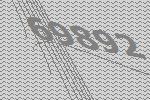
69892